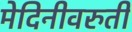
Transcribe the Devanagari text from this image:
मेदिनीवरुती